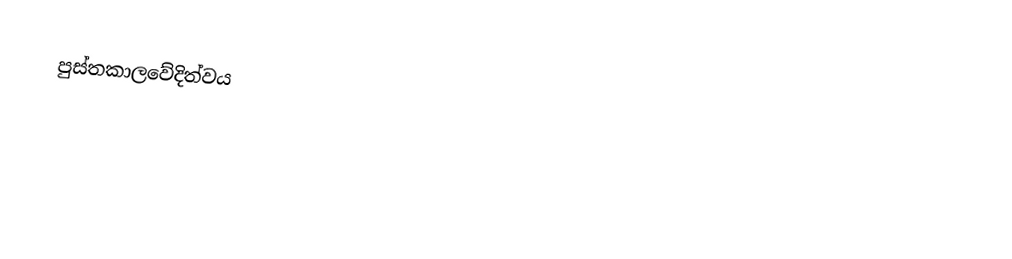
පුස්තකාලවේදිත්වය